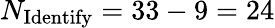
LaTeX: N_{\mathrm{Identify}}=33-9=24